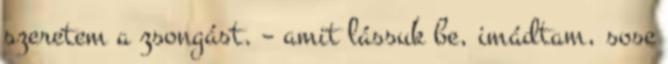
szeretem a zsongást. – amit lássuk be, imádtam, sose